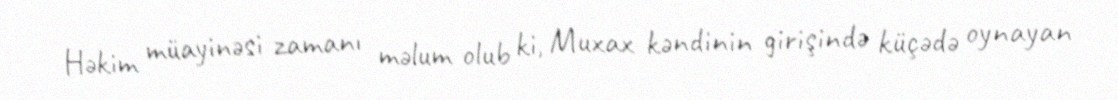
Həkim müayinəsi zamanı məlum olub ki, Muxax kəndinin girişində küçədə oynayan